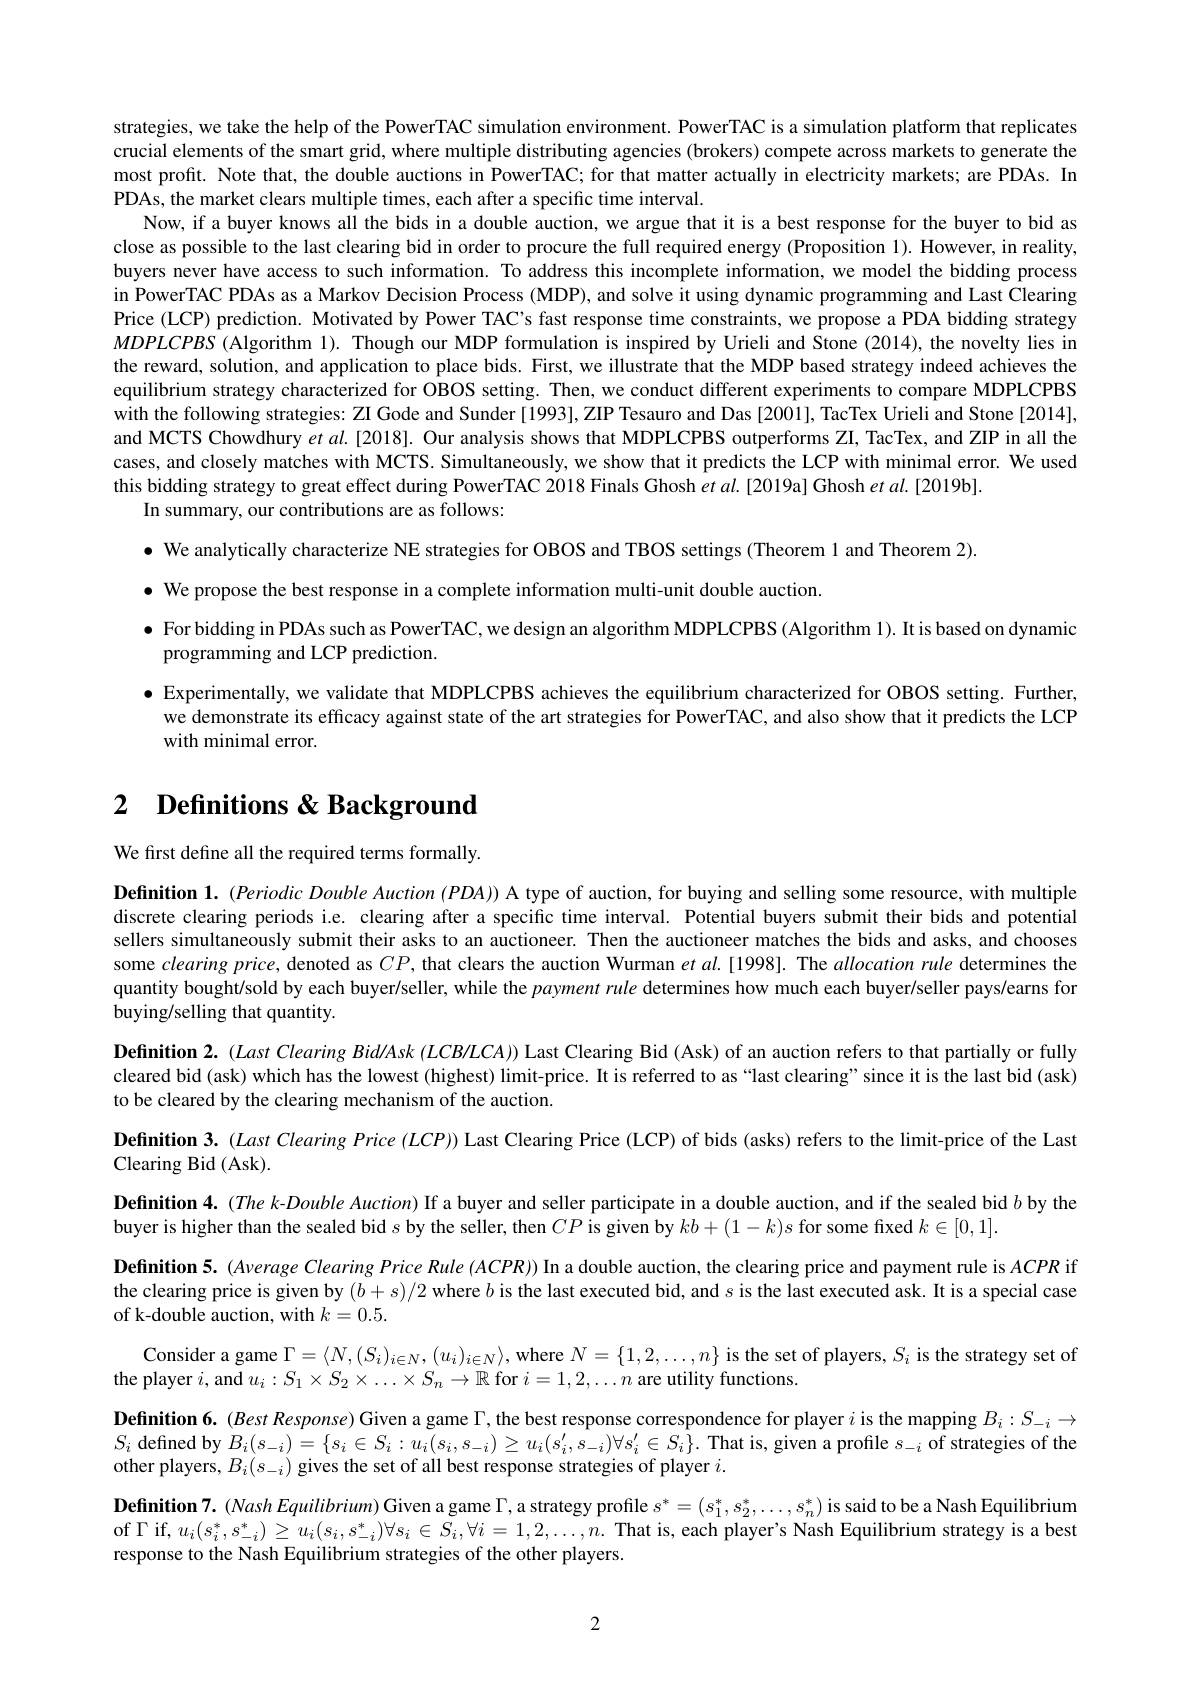
strategies, we take the help of the PowerTAC simulation environment. PowerTAC is a simulation platform that replicates crucial elements of the smart grid, where multiple distributing agencies (brokers) compete across markets to generate the most profit. Note that, the double auctions in PowerTAC; for that matter actually in electricity markets; are PDAs. In PDAs, the market clears multiple times, each after a specific time interval.
Now, if a buyer knows all the bids in a double auction, we argue that it is a best response for the buyer to bid as close as possible to the last clearing bid in order to procure the full required energy (Proposition 1). However, in reality, buyers never have access to such information. To address this incomplete information, we model the bidding process in PowerTAC PDAs as a Markov Decision Process (MDP), and solve it using dynamic programming and Last Clearing Price (LCP) prediction. Motivated by Power TAC's fast response time constraints, we propose a PDA bidding strategy $MDPLCPBS$ (Algorithm 1). Though our MDP formulation is inspired by Urieli and Stone (2014), the novelty lies in the reward, solution, and application to place bids. First, we illustrate that the MDP based strategy indeed achieves the equilibrium strategy characterized for OBOS setting. Then, we conduct different experiments to compare MDPLCPBS with the following strategies: ZI Gode and Sunder [1993], ZIP Tesauro and Das [2001], TacTex Urieli and Stone [2014], and MCTS Chowdhury et al.[2018]. Our analysis shows that MDPLCPBS outperforms ZI, TacTex, and ZIP in all the cases, and closely matches with MCTS. Simultaneously, we show that it predicts the LCP with minimal error. We used this bidding strategy to great effect during PowerTAC 2018 Finals Ghosh et al.[2019a] Ghosh et al.[2019b].
In summary, our contributions are as follows:
$\bullet$ We analytically characterize NE strategies for OBOS and TBOS settings (Theorem 1 and Theorem 2).
$\bullet$ We propose the best response in a complete information multi-unit double auction.
$\bullet$ For bidding in PDAs such as PowerTAC, we design an algorithm MDPLCPBS (Algorithm 1). It is based on dynamic
programming and LCP prediction.
$\bullet$ Experimentally, we validate that MDPLCPBS achieves the equilibrium characterized for OBOS setting. Further,
we demonstrate its efficacy against state of the art strategies for PowerTAC, and also show that it predicts the LCP
with minimal error.

# 2 Definitions & Background

We first define all the required terms formally

Definition 1. $( \textit{Periodic Double Auction }( PDA) )$ A type of auction, for buying and selling some resource, with multiple discrete clearing periods i.e. clearing after a specific time interval. Potential buyers submit their bids and potential sellers simultaneously submit their asks to an auctioneer. Then the auctioneer matches the bids and asks, and chooses some clearing price, denoted as $CP$, that clears the auction Wurman $etal.[1998].$ The allocation rule determines the quantity bought/sold by each buyer/seller, while the payment rule determines how much each buyer/seller pays/earns for buying/selling that quantity.
Definition 2. (Last Clearing Bid/Ask (LCB/LCA)) Last Clearing Bid (Ask) of an auction refers to that partially or fully cleared bid (ask) which has the lowest (highest) limit-price. It is referred to as “last clearing”since it is the last bid (ask) to be cleared by the clearing mechanism of the auction.
$\textbf{Definition 3. ( Last Clearing Price ( LCP) ) Last Clearing Price ( LCP) of bids ( asks) refers to the limit- price of the Last}$
Clearing Bid (Ask).
Definition 4.(The k-Double Auction) If a buyer and seller participate in a double auction, and if the sealed bid $b$ by the
buyer is higher than the sealed bid $s$ by the seller, then $CP$ is given by $kb+(1-k)s$ for some fixed $k\in[0,1].$
Definition 5. (Average Clearing Price Rule (ACPR)) In a double auction, the clearing price and payment rule is $ACPR$ if the clearing price is given by $(b+s)/2$ where $b$ is the last executed bid, and $s$ is the last executed ask. It is a special case of k-double auction, with $k=0.5.$
$\begin{aligned}\text{Consider a game }\Gamma=\langle N,(S_{i})_{i\in N},(u_{i})_{i\in N}\rangle,\mathrm{~where~}N=\{1,2,\ldots,n\}\text{ is the set of players, }S_{i}\text{ is the strategy set of}\\\text{Consider a game }\Gamma=\langle N,(S_{i})_{i\in N},(u_{i})_{i\in N}\rangle,\mathrm{~where~}N=\{1,2,\ldots,n\}\text{ is the set of players},S_{i}\text{ is the strategy set}\end{aligned}$
the player $i$, and $u_i:S_1\times S_2\times\ldots\times S_n\to\mathbb{R}$ for $i=1,2,\ldots n$ are utility functions.
Definition 6. (Best Response) Given a game $\Gamma$, the best response correspondence for player $i$ is the mapping $B_i:S_{-i}\to$ $S_{i}$ defined by $B_i(s_{-i})=\{s_{i}\in S_{i}:u_{i}(s_{i},s_{-i})\geq u_{i}(s_{i}^{\prime},s_{-i})\forall s_{i}^{\prime}\in S_{i}\}.$ That is, given a profile $s_-i$ of strategies of the other players, $B_i(s_{-i})$ gives the set of all best response strategies of player $i.$
$\begin{aligned}\textbf{Definition 7. }(Nash\textit{Equilibrium) Given a game }\Gamma,\text{a strategy profile }s^*=(s_1^*,s_2^*,\ldots,s_n^*)\mathrm{~is~said~to~be~a~Nash~Equilibrium}\\\text{Definition 7. }(Nash\textit{Equilibrium) Given a game }\Gamma,\text{a strategy profile }s^*=(s_1^*,s_2^*,\ldots,s_n^\ast)\mathrm{~is~said~to~be~a~Na}\end{aligned}$ of $\Gamma$ if, $u_i(s_i^*,s_{-i}^*)\geq u_i(s_i,s_{-i}^*)\forall s_i\in S_i,\forall i=1,2,\ldots,n.$ That is, each player's Nash Equilibrium strategy is a best response to the Nash Equilibrium strategies of the other players.

2